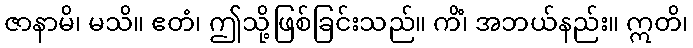
ဇာနာမိ၊ မသိ။ ဧတံ၊ ဤသို့ဖြစ်ခြင်းသည်။ ကိံ၊ အဘယ်နည်း။ ဣတိ၊